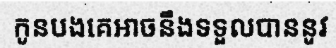
កូនបងគេអាចនឹងទទួលបាននូវ